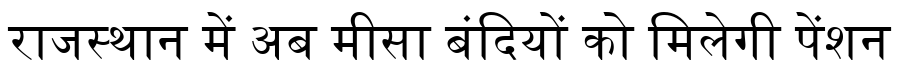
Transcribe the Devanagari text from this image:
राजस्थान में अब मीसा बंदियों को मिलेगी पेंशन